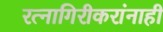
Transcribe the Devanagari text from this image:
रत्नागिरीकरांनाही